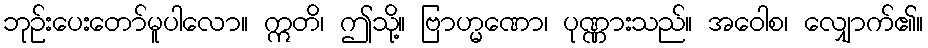
ဘုဉ်းပေးတော်မူပါလော။ ဣတိ၊ ဤသို့။ ဗြာဟ္မဏော၊ ပုဏ္ဏားသည်။ အဝေါစ၊ လျှောက်၏။